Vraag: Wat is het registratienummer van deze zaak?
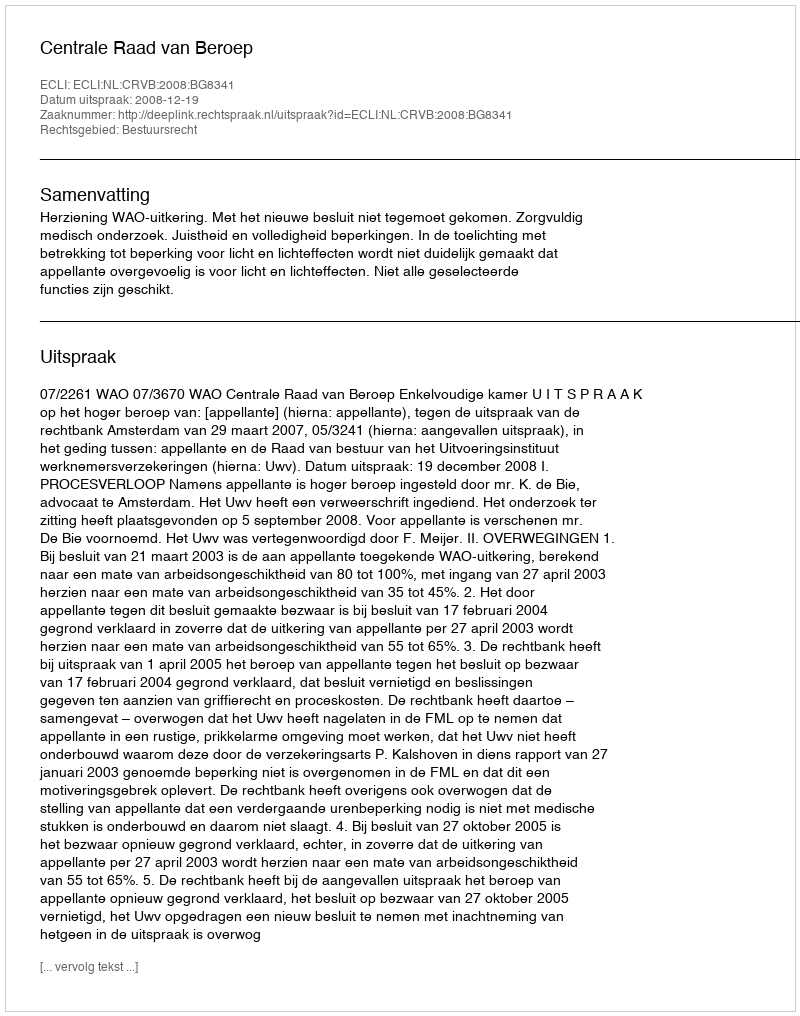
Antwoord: http://deeplink.rechtspraak.nl/uitspraak?id=ECLI:NL:CRVB:2008:BG8341